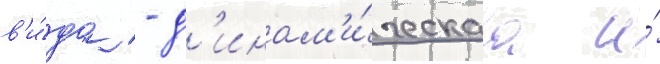
в'и́да - д'инам'и́ческаа и́